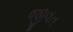
જીવત